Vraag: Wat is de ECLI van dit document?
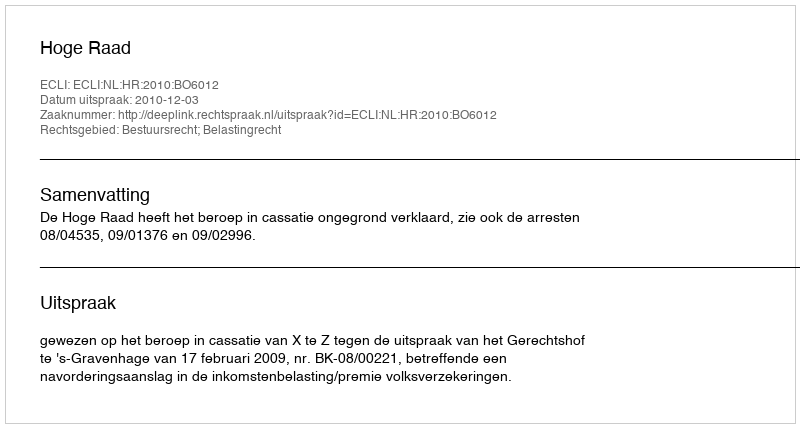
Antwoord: ECLI:NL:HR:2010:BO6012